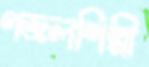
গজলশিল্পী